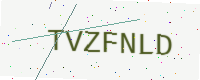
Text: TVZFNLD